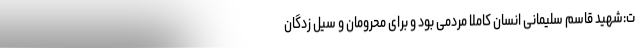
ت:شهید قاسم سلیمانی انسان کاملا مردمی بود و برای محرومان و سیل زدگان